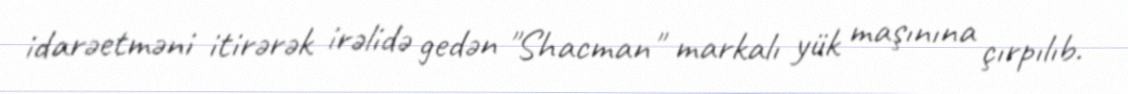
idarəetməni itirərək irəlidə gedən "Shacman" markalı yük maşınına çırpılıb.